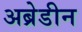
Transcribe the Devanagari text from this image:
अब्रेडीन